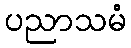
ပညာသမံ